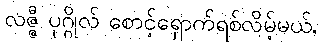
လဇ္ဇီ ပုဂ္ဂိုလ် စောင့်ရှောက်ရစ်လိမ့်မယ်,